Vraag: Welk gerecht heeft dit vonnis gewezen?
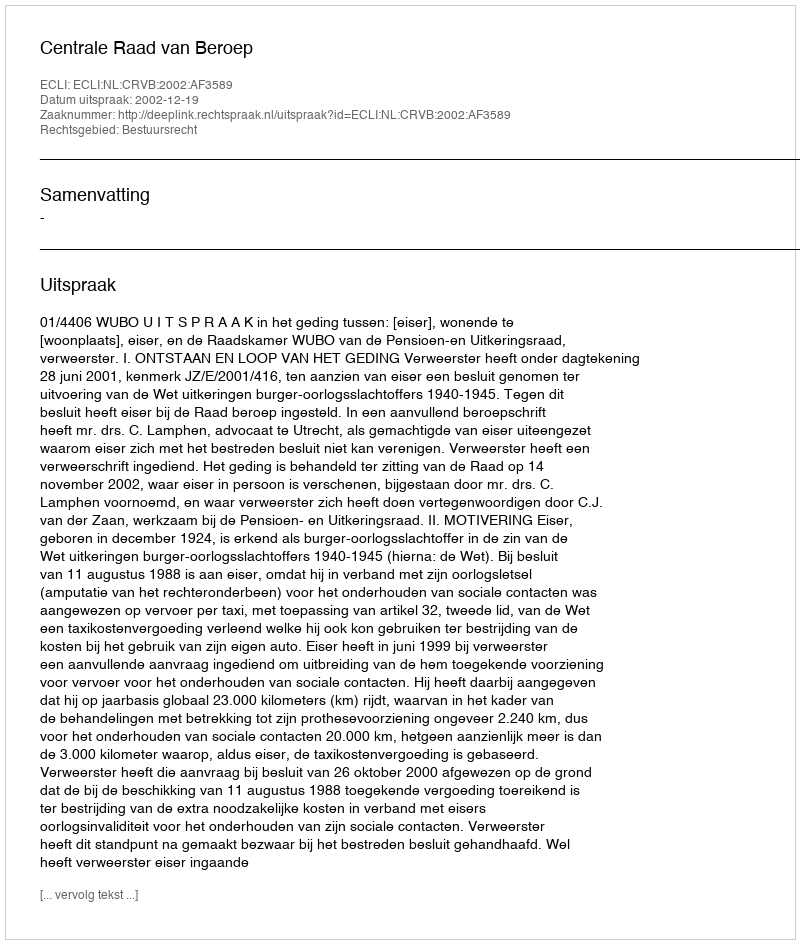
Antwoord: Centrale Raad van Beroep